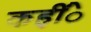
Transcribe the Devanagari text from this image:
कहींे